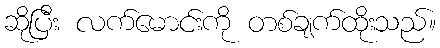
ဆိုပြီး လက်မောင်းကို တစ်ချက်ထိုးသည်။